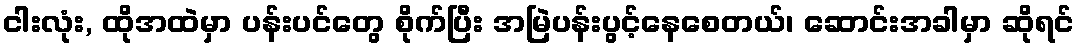
ငါးလုံး, ထိုအထဲမှာ ပန်းပင်တွေ စိုက်ပြီး အမြဲပန်းပွင့်နေစေတယ်၊ ဆောင်းအခါမှာ ဆိုရင်